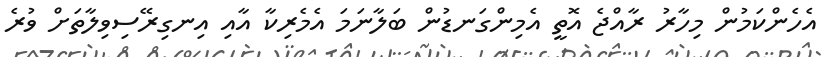
އެހެންކަމުން މިހާރު ރާއްޖެ އޮތީ އެމިންގަނޑުން ބަލާނަމަ އެމެރިކާ އާއި އިނގިރޭސިވިލާތަށް ވުރެ